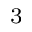
_ { 3 }